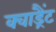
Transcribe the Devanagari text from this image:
क्वाड्रैंट